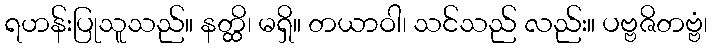
ရဟန်းပြုသူသည်။ နတ္ထိ၊ မရှိ။ တယာဝါ၊ သင်သည် လည်း။ ပဗ္ဗဇိတဗ္ဗံ၊